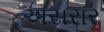
અસરાર